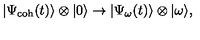
| \Psi _ { \mathrm { c o h } } ( t ) \rangle \otimes | 0 \rangle \rightarrow | \Psi _ { \omega } ( t ) \rangle \otimes | \omega \rangle ,